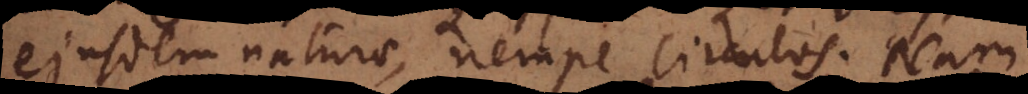
ejusdem naturae, nempe circulos. Nam